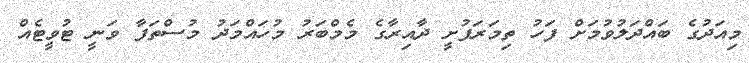
މިއަދުގެ ބައްދަލުވުމަށް ފަހު ތިމަރަފުށީ ދާއިރާގެ މެމްބަރު މުހައްމަދު މުސްތަފާ ވަނީ ޓުވީޓެއް